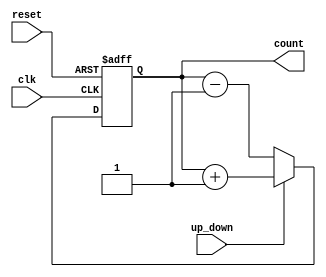
module UpDownCounter (
    input wire clk,
    input wire reset,
    input wire up_down,
    output reg [7:0] count
);

always @(posedge clk or posedge reset) begin
    if (reset) begin
        count <= 8'h00;
    end else begin
        if (up_down) begin
            count <= count + 1;
        end else begin
            count <= count - 1;
        end
    end
end

endmodule